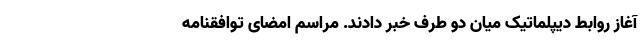
آغاز روابط دیپلماتیک میان دو طرف خبر دادند. مراسم امضای توافقنامه